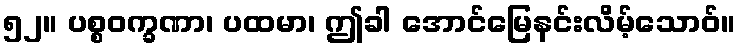
၅၂။ ပစ္စဝက္ခဏာ၊ ပထမာ၊ ဤခါ အောင်မြေနင်းလိမ့်သောဝ်။